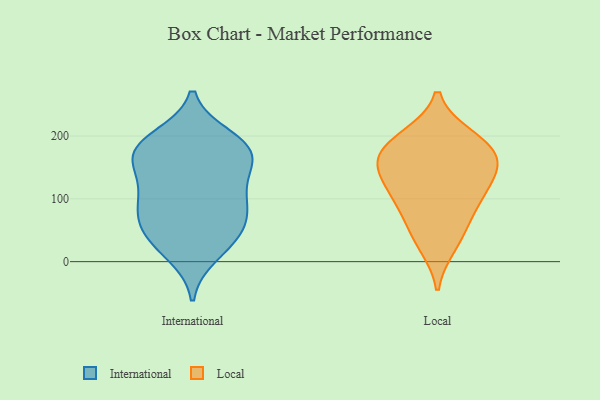
{"axis": {"x": "Humidity (%)", "y": "Value"}, "legend": ["International", "Local"], "data": [{"x": "", "y": 145, "type": "International"}, {"x": "", "y": 12, "type": "International"}, {"x": "", "y": 197, "type": "International"}, {"x": "", "y": 177, "type": "International"}, {"x": "", "y": 44, "type": "International"}, {"x": "", "y": 189, "type": "International"}, {"x": "", "y": 31, "type": "International"}, {"x": "", "y": 174, "type": "International"}, {"x": "", "y": 178, "type": "International"}, {"x": "", "y": 99, "type": "International"}, {"x": "", "y": 71, "type": "International"}, {"x": "", "y": 73, "type": "International"}, {"x": "", "y": 140, "type": "International"}, {"x": "", "y": 102, "type": "International"}, {"x": "", "y": 97, "type": "International"}, {"x": "", "y": 169, "type": "International"}, {"x": "", "y": 44, "type": "International"}, {"x": "", "y": 134, "type": "Local"}, {"x": "", "y": 174, "type": "Local"}, {"x": "", "y": 193, "type": "Local"}, {"x": "", "y": 173, "type": "Local"}, {"x": "", "y": 149, "type": "Local"}, {"x": "", "y": 48, "type": "Local"}, {"x": "", "y": 89, "type": "Local"}, {"x": "", "y": 198, "type": "Local"}, {"x": "", "y": 117, "type": "Local"}, {"x": "", "y": 154, "type": "Local"}, {"x": "", "y": 27, "type": "Local"}, {"x": "", "y": 92, "type": "Local"}]}